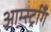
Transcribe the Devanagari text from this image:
आर्म्स्ट्राँग